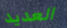
العديد